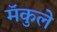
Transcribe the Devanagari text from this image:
मॅकुले